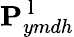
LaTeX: \mathbf{P}_{ymdh}^{\mathrm{~l~}}